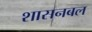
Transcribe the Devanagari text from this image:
शासनबल